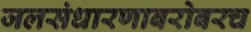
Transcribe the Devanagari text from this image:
जलसंधारणाबरोबरच